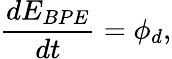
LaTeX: \frac{dE_{BPE}}{dt}=\phi_{d},